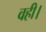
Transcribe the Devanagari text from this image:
वही।